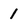
Character: 1